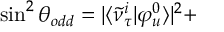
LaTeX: \sin ^ { 2 } { \theta _ { o d d } } = | \langle \tilde { \nu } _ { \tau } ^ { i } | \varphi _ { u } ^ { 0 } \rangle | ^ { 2 } +